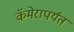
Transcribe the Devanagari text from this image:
कॅमेरापर्यंत